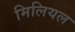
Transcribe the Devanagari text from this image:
मिलियल